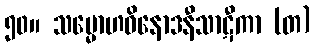
၅၀။ သမ္မောဟဝိနောဒနီသာဋီကာ (တ)